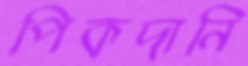
পিকদানি